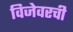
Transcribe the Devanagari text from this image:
विजेवरची